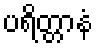
ပရိတ္တာနံ